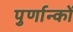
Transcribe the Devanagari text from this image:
पुर्णान्कों